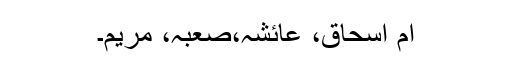
ام اسحاق، عائشہ،صعبہ، مریم۔